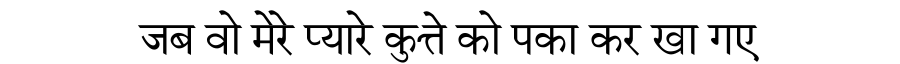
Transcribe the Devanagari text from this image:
जब वो मेरे प्यारे कुत्ते को पका कर खा गए